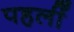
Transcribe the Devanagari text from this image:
पहलीं